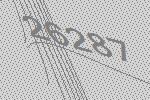
26287